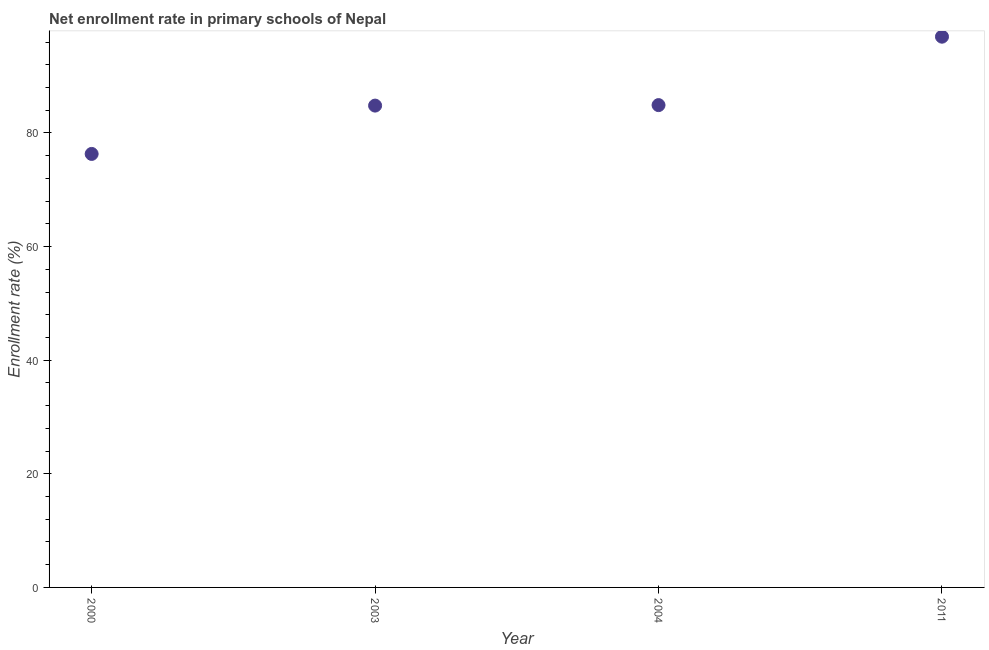
| Year | Adjusted net enrolment rate |
 | --- | --- |
 | 2000 | 76.3 |
 | 2003 | 84.8 |
 | 2004 | 84.9 |
 | 2011 | 96.9 |